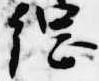
綱